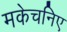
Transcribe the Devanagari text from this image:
मकेचनिए